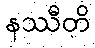
နဿီတိ